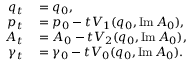
\begin{array} { r l } { q _ { t } } & { { } = q _ { 0 } , } \\ { p _ { t } } & { { } = p _ { 0 } - t V _ { 1 } ( q _ { 0 } , \operatorname { I m } A _ { 0 } ) , } \\ { A _ { t } } & { { } = A _ { 0 } - t V _ { 2 } ( q _ { 0 } , \operatorname { I m } A _ { 0 } ) , } \\ { \gamma _ { t } } & { { } = \gamma _ { 0 } - t V _ { 0 } ( q _ { 0 } , \operatorname { I m } A _ { 0 } ) . } \end{array}